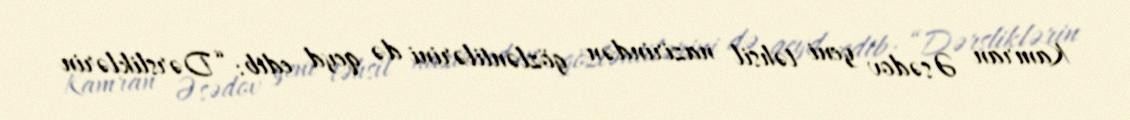
Kamran Əsədov yeni təhsil nazirindən gözləntilərini də qeyd edib: “Dərsliklərin